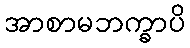
အာစာမဘက္ခာပိ